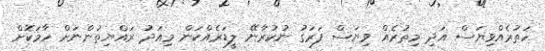
ހަތުރެއްވިޔަސް އަދި މިތުރެއް ވިޔަސް ފަރަގު ނުކުރާނޭ ލީޑަރެއްކަން މިއަދު ރައްޔިތުންނަށް ހާމަކޮށް